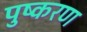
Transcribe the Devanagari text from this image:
पुष्करण